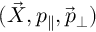
( \vec { X } , p _ { \parallel } , \vec { p } _ { \perp } )